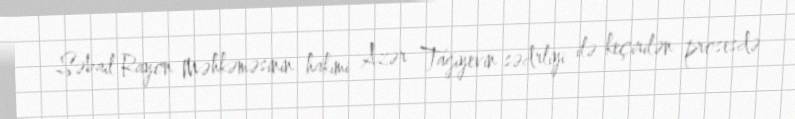
Səbail Rayon Məhkəməsinin hakimi Azər Tağıyevin sədrliyi ilə keçirilən prosesdə